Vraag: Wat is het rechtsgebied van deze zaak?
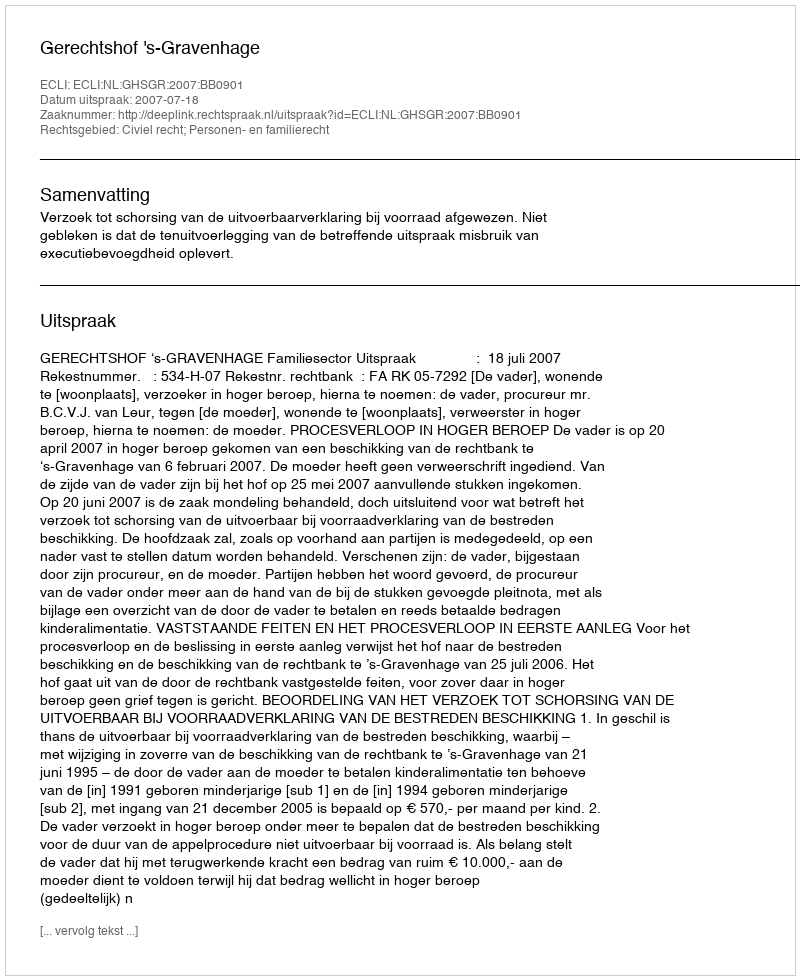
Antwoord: Civiel recht; Personen- en familierecht